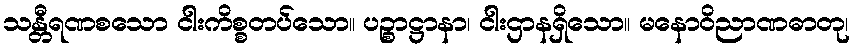
သန္တီရဏစသော ငါးကိစ္စတပ်သော။ ပဉ္စာဋ္ဌာနာ၊ ငါးဌာနရှိသော။ မနောဝိညာဏဓာတု၊